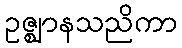
ဥဇ္ဈာနသညိကာ